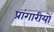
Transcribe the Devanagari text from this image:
प्रांगारीयों